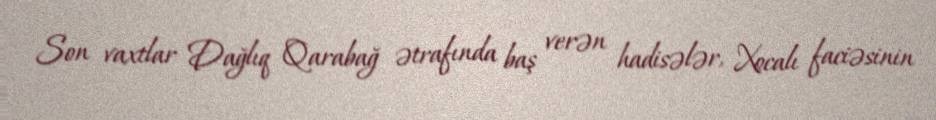
Son vaxtlar Dağlıq Qarabağ ətrafında baş verən hadisələr, Xocalı faciəsinin